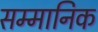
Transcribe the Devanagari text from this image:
सम्‍मानिक